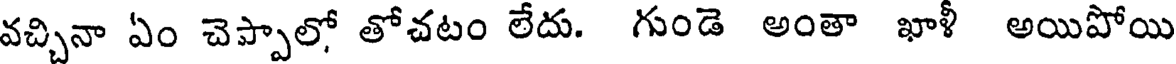
వచ్చినా ఏం చెప్పాలో తోచటం లేదు. గుండె అంతా ఖాళీ అయిపోయి